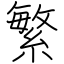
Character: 繁